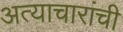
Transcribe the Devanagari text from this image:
अत्याचारांची